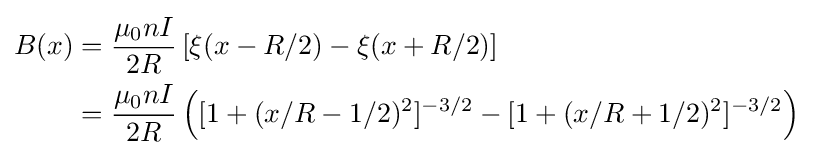
{\begin{aligned}B(x)&={\frac {\mu _{0}nI}{2R}}\left[\xi (x-R/2)-\xi (x+R/2)\right]\\&={\frac {\mu _{0}nI}{2R}}\left([1+(x/R-1/2)^{2}]^{-3/2}-[1+(x/R+1/2)^{2}]^{-3/2}\right)\\\end{aligned}}